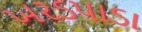
ખરડપાડા